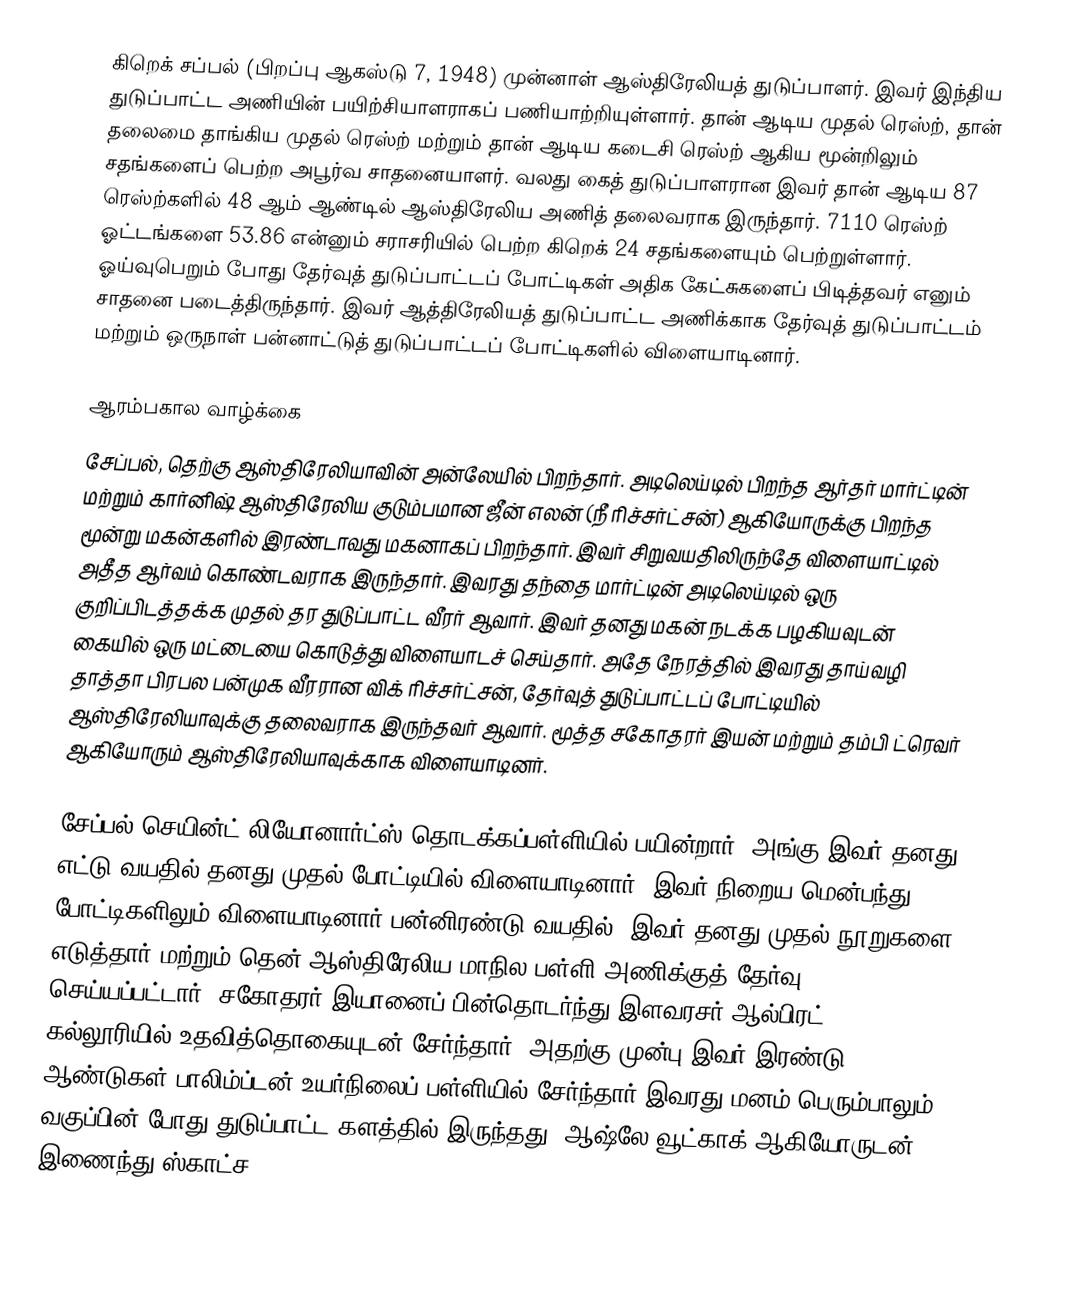
கிறெக் சப்பல் (பிறப்பு ஆகஸ்டு 7, 1948) முன்னாள் ஆஸ்திரேலியத் துடுப்பாளர். இவர் இந்திய துடுப்பாட்ட  அணியின் பயிற்சியாளராகப் பணியாற்றியுள்ளார். தான் ஆடிய முதல் ரெஸ்ற், தான் தலைமை தாங்கிய முதல் ரெஸ்ற் மற்றும் தான் ஆடிய கடைசி ரெஸ்ற் ஆகிய மூன்றிலும் சதங்களைப் பெற்ற அபூர்வ சாதனையாளர். வலது கைத் துடுப்பாளரான இவர் தான் ஆடிய 87 ரெஸ்ற்களில் 48 ஆம் ஆண்டில் ஆஸ்திரேலிய அணித் தலைவராக இருந்தார். 7110 ரெஸ்ற் ஓட்டங்களை 53.86 என்னும் சராசரியில் பெற்ற கிறெக் 24 சதங்களையும் பெற்றுள்ளார். ஓய்வுபெறும் போது தேர்வுத் துடுப்பாட்டப் போட்டிகள் அதிக கேட்சுகளைப் பிடித்தவர் எனும் சாதனை படைத்திருந்தார். இவர் ஆத்திரேலியத் துடுப்பாட்ட அணிக்காக தேர்வுத் துடுப்பாட்டம் மற்றும் ஒருநாள் பன்னாட்டுத் துடுப்பாட்டப் போட்டிகளில் விளையாடினார்.

ஆரம்பகால வாழ்க்கை
சேப்பல், தெற்கு ஆஸ்திரேலியாவின் அன்லேயில் பிறந்தார். அடிலெய்டில்  பிறந்த ஆர்தர் மார்ட்டின் மற்றும் கார்னிஷ் ஆஸ்திரேலிய குடும்பமான ஜீன் எலன் (நீ ரிச்சர்ட்சன்) ஆகியோருக்கு பிறந்த மூன்று மகன்களில் இரண்டாவது மகனாகப் பிறந்தார். இவர் சிறுவயதிலிருந்தே விளையாட்டில் அதீத ஆர்வம் கொண்டவராக இருந்தார். இவரது தந்தை மார்ட்டின் அடிலெய்டில் ஒரு குறிப்பிடத்தக்க முதல் தர துடுப்பாட்ட  வீரர் ஆவார். இவர் தனது மகன்  நடக்க பழகியவுடன் கையில் ஒரு மட்டையை கொடுத்து விளையாடச் செய்தார். அதே நேரத்தில் இவரது தாய்வழி தாத்தா பிரபல பன்முக வீரரான விக் ரிச்சர்ட்சன், தேர்வுத் துடுப்பாட்டப் போட்டியில் ஆஸ்திரேலியாவுக்கு தலைவராக  இருந்தவர் ஆவார். மூத்த சகோதரர் இயன் மற்றும் தம்பி ட்ரெவர் ஆகியோரும் ஆஸ்திரேலியாவுக்காக விளையாடினர்.

சேப்பல் செயின்ட் லியோனார்ட்ஸ் தொடக்கப்பள்ளியில் பயின்றார். அங்கு இவர் தனது எட்டு வயதில் தனது முதல் போட்டியில் விளையாடினார். இவர் நிறைய மென்பந்து போட்டிகளிலும் விளையாடினார்.பன்னிரண்டு வயதில், இவர் தனது முதல் நூறுகளை எடுத்தார் மற்றும் தென் ஆஸ்திரேலிய மாநில பள்ளி அணிக்குத் தேர்வு செய்யப்பட்டார். சகோதரர் இயானைப் பின்தொடர்ந்து இளவரசர் ஆல்பிரட் கல்லூரியில் உதவித்தொகையுடன் சேர்ந்தார், அதற்கு  முன்பு இவர் இரண்டு ஆண்டுகள் பாலிம்ப்டன் உயர்நிலைப் பள்ளியில் சேர்ந்தார்.இவரது மனம் பெரும்பாலும் வகுப்பின் போது துடுப்பாட்ட களத்தில் இருந்தது. ஆஷ்லே வூட்காக் ஆகியோருடன் இணைந்து ஸ்காட்ச